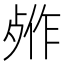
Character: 𬆖